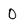
Character: 0